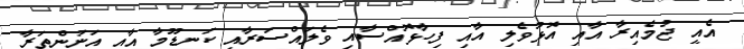
އެއީ ޖުމެއިރާ އާއި އޮޅުވެލި އާއި ފިހާޅޮއްސާއި ވެލައްސަރާއި ކަނޑޫމާ އާއި އަނަންތަރާ